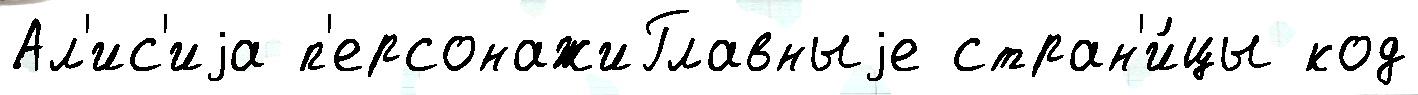
Ал'ис'иjа п'ерсонажиГлавныjе стран'и́цы код